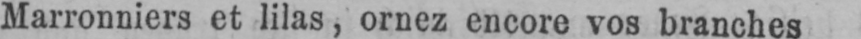
Marronniers et lilas, ornez encore vos branches